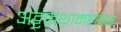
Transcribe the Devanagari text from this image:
अट्टकथामहावंस